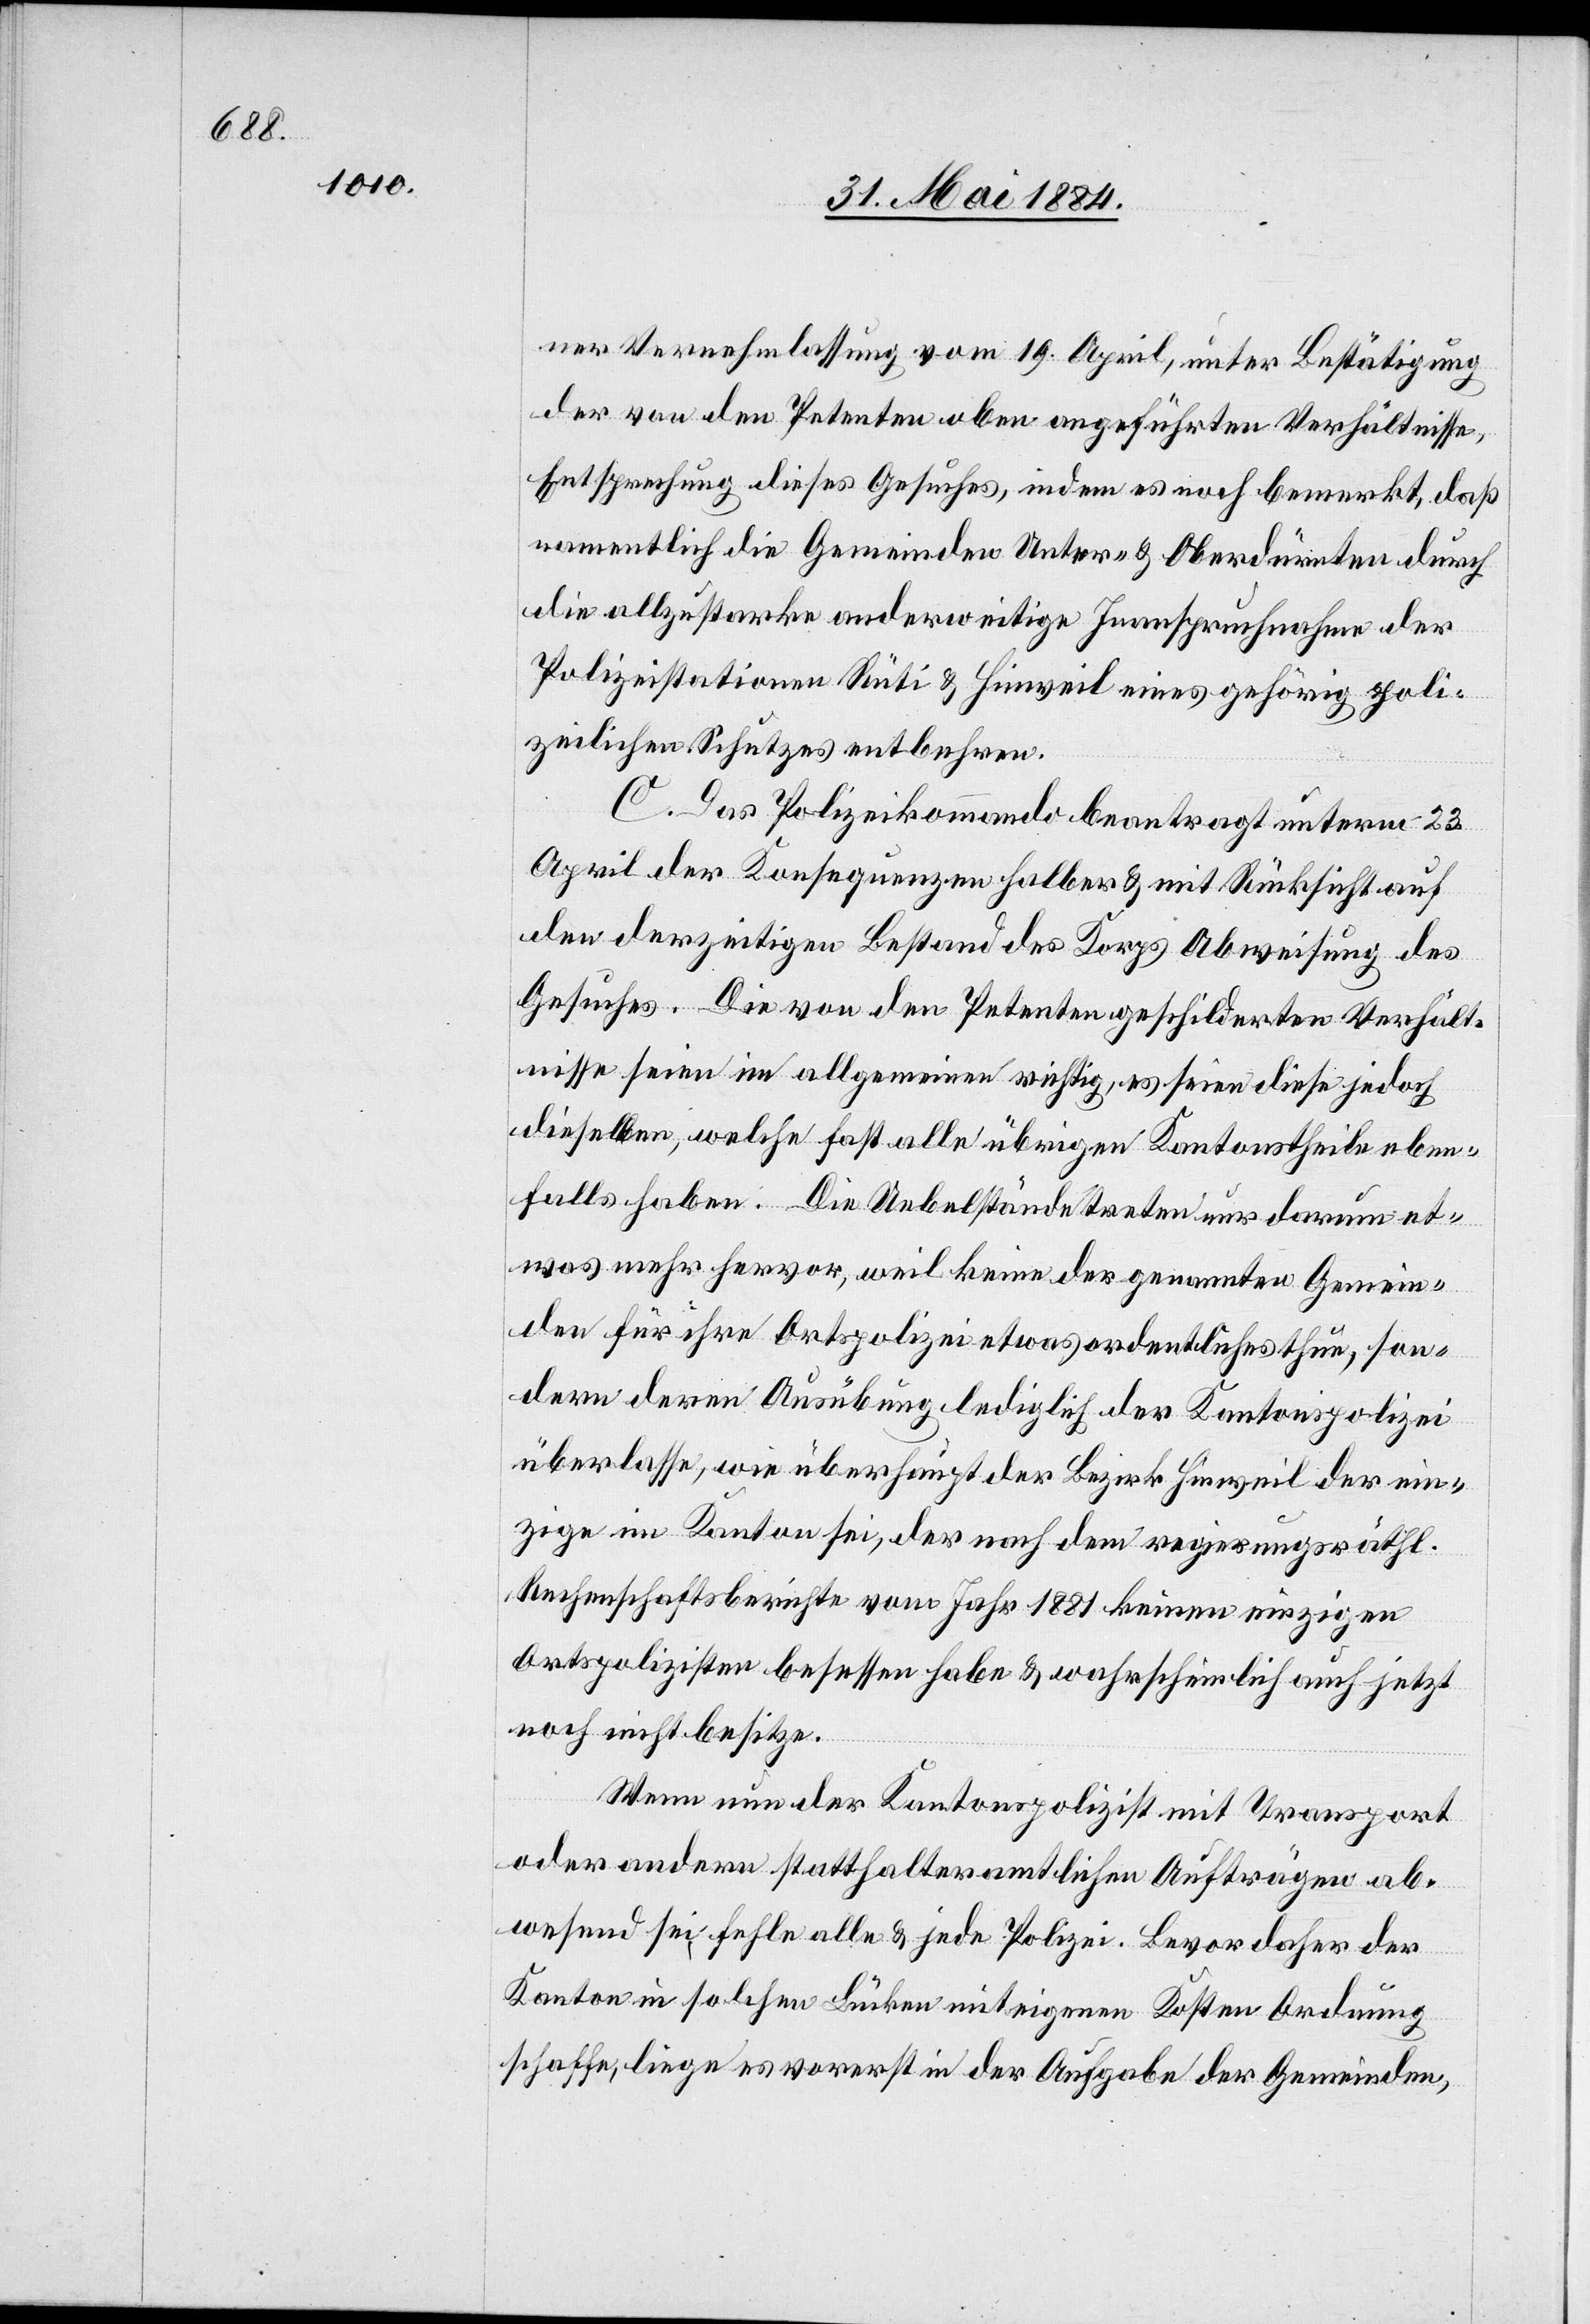
ner Vernehmlassung vom 19. April, unter Bestätigung
der von den Petenten oben angeführten Verhältnisse
Entsprechung dieses Gesuches, indem es noch bemerkt, daß
namentlich die Gemeinden Unter- & Oberdürnten durch
die allzustarke anderweitige Inanspruchnahme der
Polizeistation Rüti & Hinweil eines gehörig poli¬
zeilichen Schutzes entbehren.
C. Das Polizeikommando beantragt unterm 23.
April der Konsequenzen halber & mit Rücksicht auf
den derzeitigen Bestand des Korps Abweisung des
Gesuches. Die von den Petenten geschilderten Verhält¬
nisse seien im allgemeinen richtig, es seien diese jedoch
dieselben, welche fast alle übrigen Kantonstheile eben¬
falls haben. Die Uebelstände treten nur darum et¬
was mehr hervor, weil keine der genannten Gemein¬
den für ihre Ortspolizei etwas ordentliches thun, son¬
dern deren Ausübung lediglich der Kantonspolizei
überlasse, wie überhaupt der Bezirk Hinweil der ein¬
zige im Kanton sei, der nach dem regierungsräthl.
Rechenschaftsberichte vom Jahr 1881 keinen einzigen
Ortspolizisten besessen habe & wahrscheinlich auch jetzt
noch nicht besitze.
Wenn nun der Kantonspolizist mit Transport
oder andern statthalteramtlichen Aufträgen ab¬
wesend sei, fehle alle & jede Polizei. Bevor daher der
Kanton in solchen Lücken mit eigenen Kosten Ordnung
schaffe, liege es vorerst in der Aufgabe der Gemeinden,